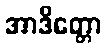
အာဒိတ္တော